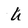
Character: U